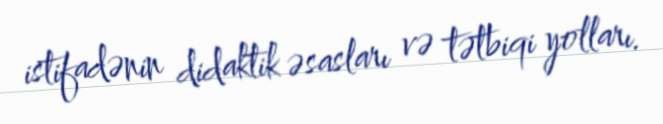
istifadənin didaktik əsasları və tətbiqi yolları.